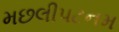
મછલીપટનમ